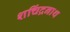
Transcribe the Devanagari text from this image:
शचिंद्रनाथ